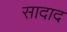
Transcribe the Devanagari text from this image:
सादाद